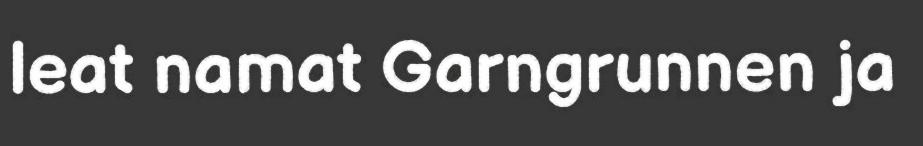
leat namat Garngrunnen ja